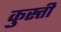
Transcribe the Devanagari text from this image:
कुस्त्ती